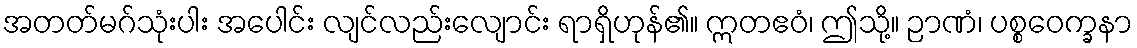
အတတ်မဂ်သုံးပါး အပေါင်း လျင်လည်းလျောင်း ရာရှိဟုန်၏။ ဣတဧဝံ၊ ဤသို့။ ဉာဏံ၊ ပစ္စဝေက္ခနာ